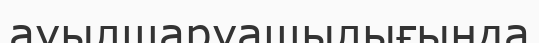
ауылшаруашылығында